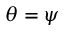
\theta = \psi